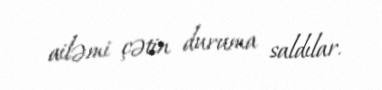
ailəmi çətin duruma saldılar.